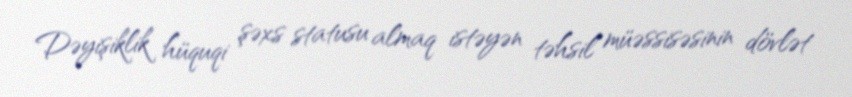
Dəyişiklik hüquqi şəxs statusu almaq istəyən təhsil müəssisəsinin dövlət